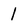
Character: 1